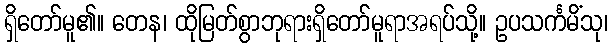
ရှိတော်မူ၏။ တေန၊ ထိုမြတ်စွာဘုရားရှိတော်မူရာအရပ်သို့။ ဥပသင်္ကမိံသု၊